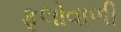
ફૂલોવાળી